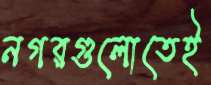
নগরগুলোতেই